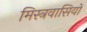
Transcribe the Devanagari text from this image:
मिस्त्रवासियों